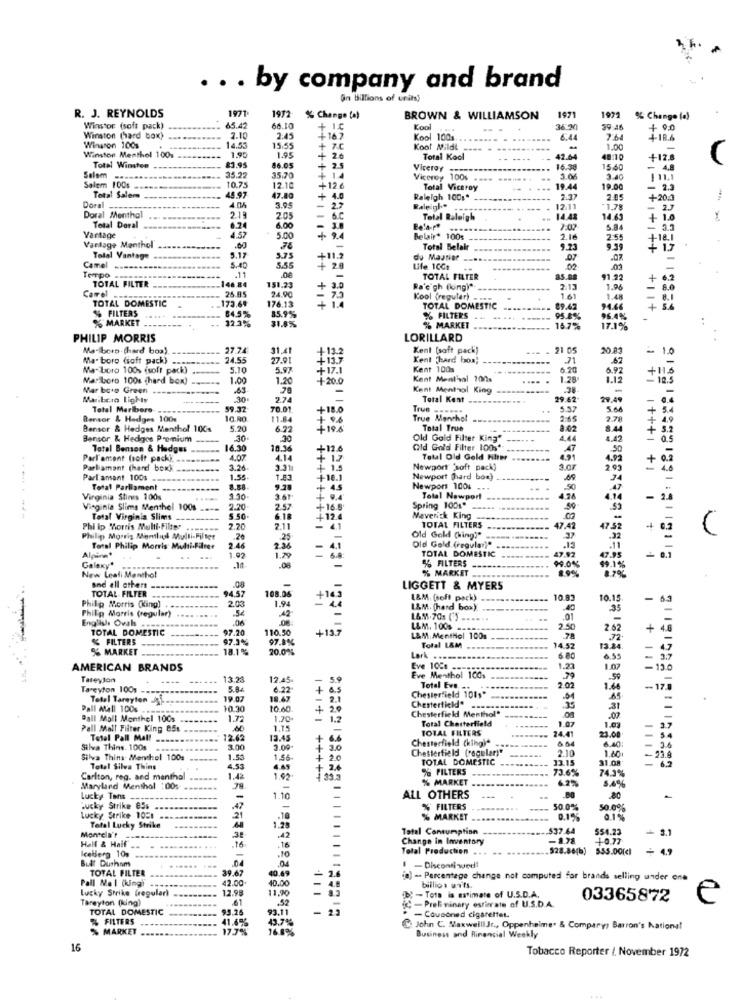
... by company and brand
Gin billions of u
1971
1972
1971
R. J. REYNOLDS
% Change (a)
BROWN & WILLIAMSON
1971
% Change (a)
Winstor (soft pack)
65.47
66.10
+.10
Kool
36.20
39:46
Winston 100%
Winston (hard box)
2.10
2.45
-16 7
Kool 100s
6.44
7:64
4-18.6
14.55
15.55
7.C
Kool Mildt ==
1.00
Winston Menthol 100%
$3.95
1.95
1.95
+ 20
Total Kool
42.64
48.10
+12.8
(
Total Winsten
86.05
2.5
Viceroy ----
16.38
15.60
- 4,8
Salem
35.70
1
Viceroy 100s
2.40
Salem 100s
45.97
10.75
12.10
12 6
Total Viceroy
19.44
19.00
Total Salem
47.80
+ 4.0
++++++++
Raleigh 100g* ---
2.05
Doral
4.04
2.1ª
3.95
- 2.7
Raleigh
12:11
1,78
-
Doral Menthol
6.74
2.05
6.C
Total Raleigh
14.45
14.63
. 1.0
Total Doral
4.52
6.00
3.0
Bela.pt
5.84
Vartage
5.00
+
24
Belair* 100s
2.16
2:55
+18.1
Vartage Menthol
5.17
Total Belalr
9.23
9.39
+ 1.7
Camel
Total Vantage
5.75
+11.2
du Maurier
.0%
5.40
.11
5.55
.00
+ 20
Life 10G1
Tempo -
TOTAL FILTER
151.23
TOTAL FILTER
85.82
91.22
+ 6.2
Carrel
146.84
25.85
24.90
+ 3.0
Ra'e'gh (luing)".
1.06
8.0
TOTAL DOMESTIC
173.69
176.13
Kool (regular)
1.61
1.48
% FILTERS
84.5%
85.9%
TOTAL DOMESTIC
89.42
94.66
+
% MARKET
32.3%
31.8%
% FILTERS
95.8%
95.4%
% MARKET
15.7%
17.1%
PHILIP MORRIS
LORILLARD
Marlboro (hard box).
27.74
31.41
+12.2
Kent (soft pack)
21 05
20.83
- 1.0
Ma. boro (soft pack)
24,55
27.91
4137
Kent hard bon;
Mar'boro 100% (soft pack)
5.10
5.97
+-17.1
Kent 100s
6.20
6.97
+11.6
Marlboro 100s (hard box)
1.00
1.20
+ 20.0
Kent Menthal 700s
1.25
1.12
- 12.5
Mar bare Green
.63
Kent Menthol King
-
Maribera Lights
.30
2.74
Total Kent
29.62
29.49
-
0.4
Total Marlboro
59.32
70.01.
+18.0
Trus -....
5.57
5.66
+
Bensor & Hedges 100m
10.80
11.84
True Menthol
2:65
2.78
Bensor & Hedges Menthol 100s
5.20
6.72
+106
Total True
8:02
8.4
+
Bensor & Hedges Premium
30
.30
Old Gold Filter King"
4.44
8.47
0.5
Total Benson & Hedges
16.30
10.16
+12.6
Old Gold Filter 100%"
AT
Parlement (soft pack).
4.07
4.14
Total Old Gold Hier
4.92
0.2
Parliament (hard boxk
3.26
+ 1.5
Newport "soft pack)
2.93
+1
Parlansant 100s .
1.55
T.F3
+18.1
Newport (hard box)
34
Total Parliament
8.88
+ 45
Newport 100%
50
Virginia Shines 100s
3.61
Total Newport
4.28
4.14
Virginia Slims Menthol 100s
2.20
2.57
+16.8
Spring 100g*
50
------
Total Virginia Slims
5.50-
6.18
+12.4
Maverick King
.00
Phi ip Morris Multi-Filter
2.20
2.11
- 41
TOTAL FILTERS
47.42
47 52
+ 07
Philip Morris Mentlich Multi-Filter
25
Old Gold Ching'"
37
Alpine*
Total Philip Morris Multi-Filter
2.46
1.29
4.1
Old Gold (regular)"
TOTAL DOMESTIC
49.92
0.1
Galaxy"
1.92
% FILTERS
00.0%
.10
.08
% MARKET
New Leali Menthol
.08
TOTAL FILTER
and all others
94.57
108.06
LIGGETT & MYERS
Philip Morris (King)
2.03
1.94
- 44
+143
L&M (soft pack)
10.83
10.1.
- 6.3
42
L&M. (hard box)
.40
35
English Oval
Philip Morris (regular)
.06
L&M.70s (') ..
.01
TOTAL DOMESTIC
97.20
110.50
+12.7
L&M. 100s
2.50
+ 4
% FILTERS
97.3%
97.8%
L&M: Menthol 100m
% MARKET
18.1%
20.0%
Total L&M
14.52
13.24
- 47
Lørk .......
6.80
- 3.7
AMERICAN BRANDS
Eve 1008
1.21
1.00
-13.0
Tareyion
13.23
12.45
5.9
Eve Menthol 100s
2.02
Tareyton 100,
5.84
6.22
+
6.5
Chesterfield 101 ,*
Total Eve. +
1.66
-17.8
Total Tareyton A
19.07
18.47
- 2.1
Chesterfick!"
Pall Atall 100%
10.30
10.60.
.20
Chesterfield Menthol"
Ball Moll Monthel 100s
1.72
1.70+
1.2
Total Chesterfield
1.07
Pall Mall Filter King 85%
1.1
-
TOTAL FILTERS
24.41
23.08.
1.03
3.7
Total Pall Mall
13.45
Chesterfield (kingi.
6.54
6 00
. 5.4
Silva Thins 100s
3.00
3.09
+ 3.0
Chesterfield (regular)"
2.10
1.60
20
Silva Thins- Menchel 100s
1.56
+ 2
20
TOTAL DOMESTIC
33.15
31.08
-23.9
Total Silva Thins
4.53
4.65
+ 2
% FILTERS
73.6%
74.3%
Carlton, reg. and menthal
1.42
1.92
33.3
% MARKET
62%
Maryland Menthol :00s- ..
Lucky Tens
1.10
ALL OTHERS
20
Lucky Strike 85s
-
% FILTERS
50.0%
50.0%
Lucky Strike 1058
21
1.25
.18
% MARKET
0.1%
01%
Total Lucky Strike
.42
Tatel Consumption
$37.64
554.23
3.1
Half & Half
Monrela't
.16
.16
Change in Inventory
-1.78
10.77
.10
Total Production
$28.86(b) 555.00(cl
+ 4.9
Iceberg 10%
Bull Durham
04
04
TOTAL FILTER
39.67
40.69
- 1.6
1 - Discontiwed!
Pall Mal (kingi
40.00
10) -> Percentage change not computed for brands selling under one
Lucky Strike (regular)
12.98
11,90
4.8
bt - Tota is estimate of U.S.D.A.
billion urts.
Tareyton (king)
:- Preliminary estimate of U.S.D.A.
03365872
TOTAL DOMESTIC
93.25
93.11
-
2.
- Cousoned cigarettet.
% FILTERS
41.4%
13.7%
% MARKET
17.7%
16.8%
John C. MaxwelllJr ., Oppenheimer & Company; Barron's National
Business and Rinencial Weekly
16
Tobacco Reporter / November 1972